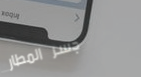
جسر المطار